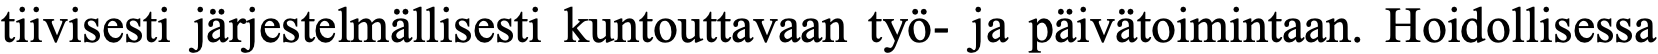
tiivisesti järjestelmällisesti kuntouttavaan työ- ja päivätoimintaan. Hoidollisessa